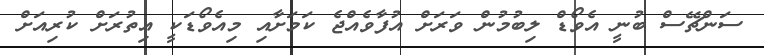
ސަންޗޭސް ބުނީ އެވޯޑް ލިބުމުން ވަރަށް އުފާވެއްޖެ ކަމަށާއި މިއެވޯޑަކީ އިތުރަށް ކުރިއަށް